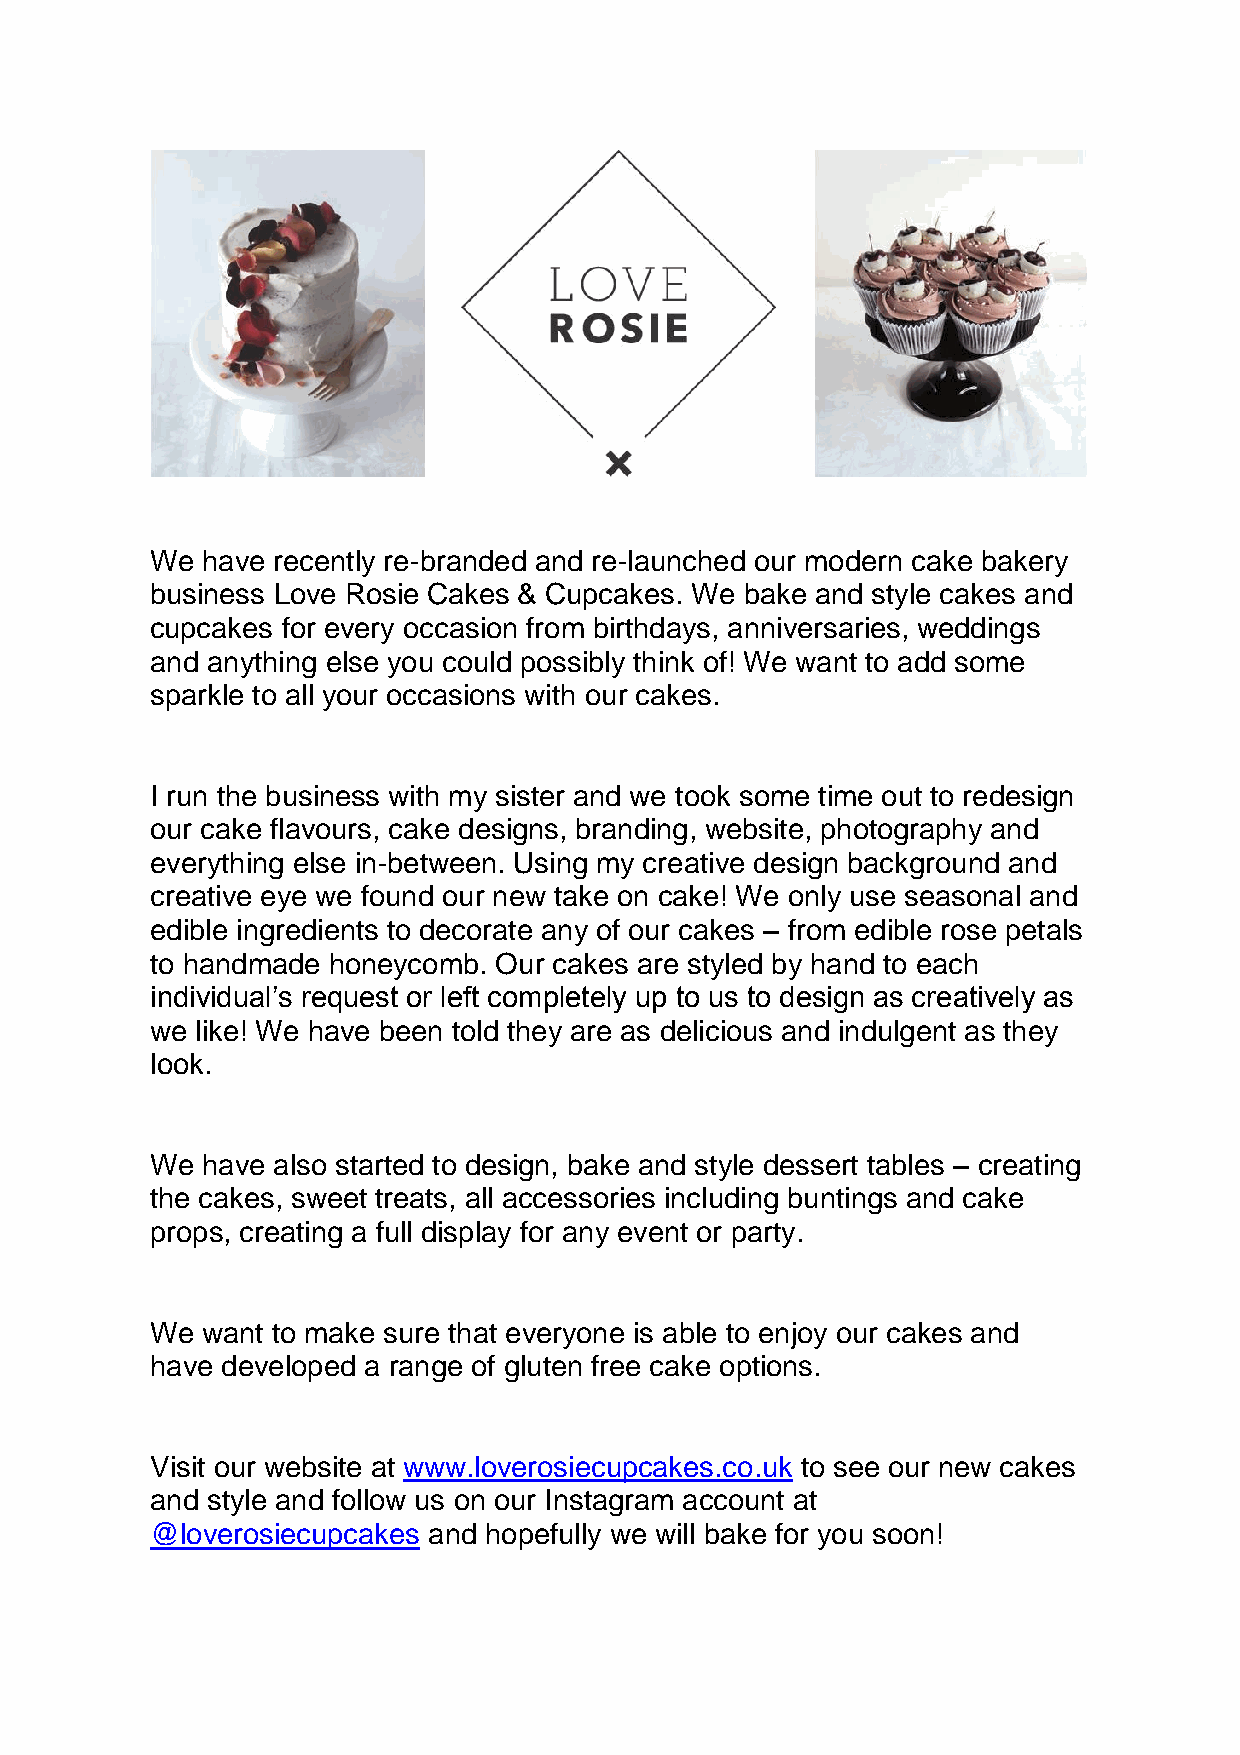
We have recently re-branded and re-launched our modern cake bakery
 business Love Rosie Cakes & Cupcakes. We bake and style cakes and
 cupcakes for every occasion from birthdays, anniversaries, weddings
 and anything else you could possibly think of! We want to add some
 sparkle to all your occasions with our cakes.
 I run the business with my sister and we took some time out to redesign
 our cake flavours, cake designs, branding, website, photography and
 everything else in-between. Using my creative design background and
 creative eye we found our new take on cake! We only use seasonal and
 edible ingredients to decorate any of our cakes – from edible rose petals
 to handmade honeycomb. Our cakes are styled by hand to each
 individual’s request or left completely up to us to design as creatively as
 we like! We have been told they are as delicious and indulgent as they
 look.
 We have also started to design, bake and style dessert tables – creating
 the cakes, sweet treats, all accessories including buntings and cake
 props, creating a full display for any event or party.
 We want to make sure that everyone is able to enjoy our cakes and
 have developed a range of gluten free cake options.
 Visit our website at www.loverosiecupcakes.co.uk to see our new cakes
 and style and follow us on our Instagram account at
 @loverosiecupcakes and hopefully we will bake for you soon!